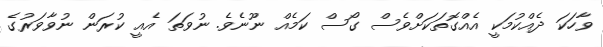
ވާހަކަ ދެއްކުމަކީ އެއްގޮތަކަށްވެސް ގޯސް ކަމެއް ނޫނެވެ. ނުވަތަ އެއީ ކުރަން ނުވާވަރުގެ